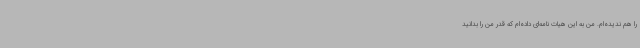
را هم ندیده‌ام. من به این هیات نامه‌ای داده‌ام که قدر من را بدانید